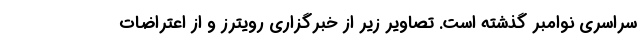
سراسری نوامبر گذشته است. تصاویر زیر از خبرگزاری رویترز و از اعتراضات